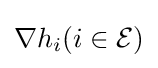
\nabla h_{i}(i\in {\mathcal {E}})